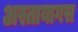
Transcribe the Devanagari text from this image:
अस्तायागस